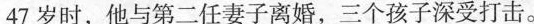
47岁时，他与第二任妻子离婚，三个孩子深受打击。